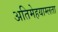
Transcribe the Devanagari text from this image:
अतिमेहयाम्लता